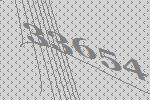
33654